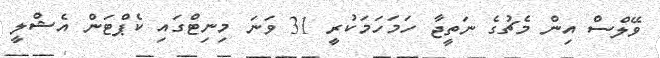
ވޭލްސް އިން މެޗުގެ ނަތީޖާ ހަމަހަމަކުރީ 31 ވަނަ މިނިޓްގައި ކެޕްޓަން އެޝްލީ